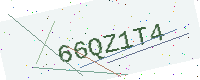
Text: 66QZ1T4